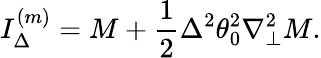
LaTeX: I_{\Delta}^{(m)}=M+\frac{1}{2}\Delta^{2}\theta_{0}^{2}\nabla_{\perp}^{2}M.